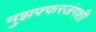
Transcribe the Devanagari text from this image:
मुझफ्फरजंगशी